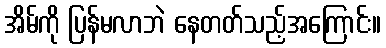
အိမ်ကို ပြန်မလာဘဲ နေတတ်သည့်အကြောင်း။